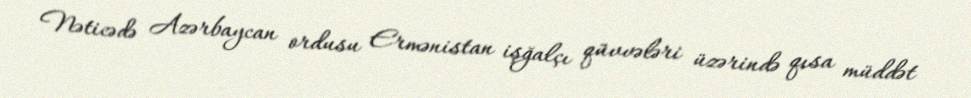
Nəticədə Azərbaycan ordusu Ermənistan işğalçı qüvvələri üzərində qısa müddət